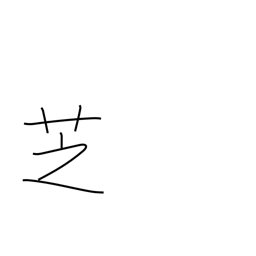
Meaning: lawn